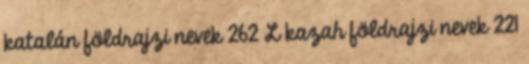
katalán földrajzi nevek‎ 262 L kazah földrajzi nevek‎ 221